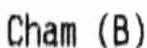
CHAM (B)